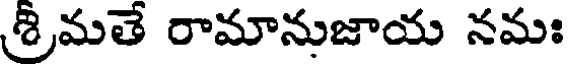
శ్రీమతే రామానుజాయ నమః